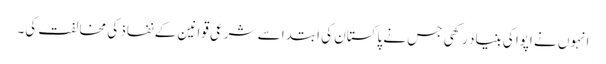
انہوں نے اپوا کی بنیاد رکھی جس نے پاکستان کی ابتدا سے شرعی قوانین کے نفاذ کی مخالفت کی۔